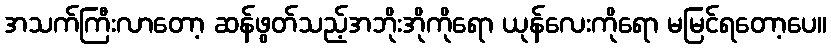
အသက်ကြီးလာတော့ ဆန်ဖွတ်သည့်အဘိုးအိုကိုရော ယုန်လေးကိုရော မမြင်ရတော့ပေ။